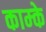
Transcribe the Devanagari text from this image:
काम्के